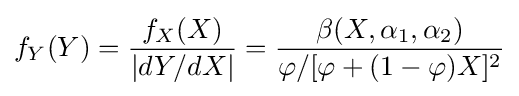
f_{Y}(Y)={\frac {f_{X}(X)}{|dY/dX|}}={\frac {\beta (X,\alpha _{1},\alpha _{2})}{\varphi /[\varphi +(1-\varphi )X]^{2}}}